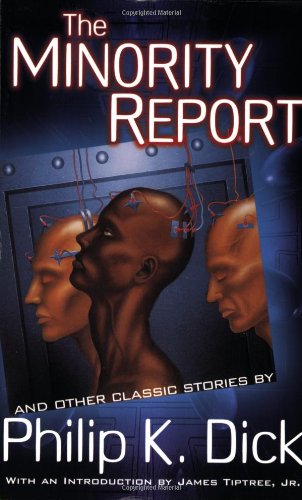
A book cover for The Minority Report and Other Classic Stories; Philip K. Dick; Science Fiction & Fantasy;